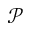
\mathcal { P }